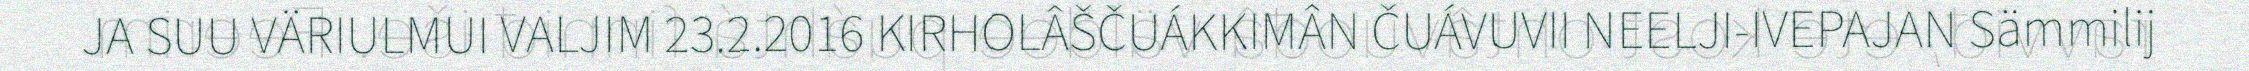
JA SUU VÄRIULMUI VALJIM 23.2.2016 KIRHOLÂŠČUÁKKIMÂN ČUÁVUVII NEELJI-IVEPAJAN Sämmilij